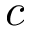
c